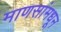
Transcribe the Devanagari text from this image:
माणसांमधून